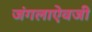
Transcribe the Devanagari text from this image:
जंगलाऐवजी